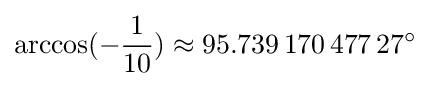
\arccos(-{\frac {1}{10}})\approx 95.739\,170\,477\,27^{\circ }